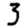
Digit: 3